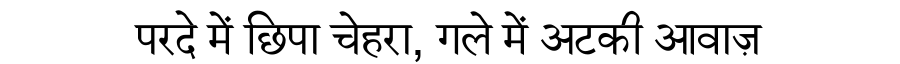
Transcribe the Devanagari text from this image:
परदे में छिपा चेहरा, गले में अटकी आवाज़